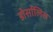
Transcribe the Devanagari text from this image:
डोर्सालिस